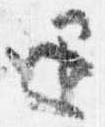
退